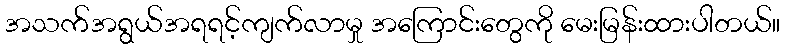
အသက်အရွယ်အရရင့်ကျက်လာမှု အကြောင်းတွေကို မေးမြန်းထားပါတယ်။